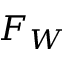
F _ { W }